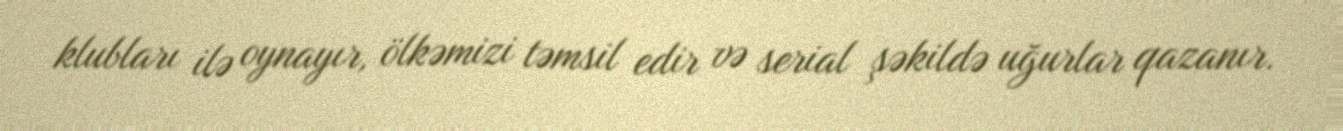
klubları ilə oynayır, ölkəmizi təmsil edir və serial şəkildə uğurlar qazanır.